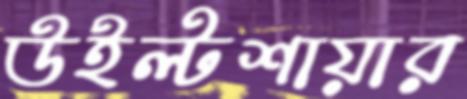
উইল্টশায়ার